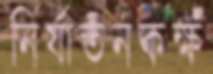
নির্যাতনকক্ষ